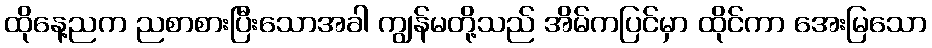
ထိုနေ့ညက ညစာစားပြီးသောအခါ ကျွန်မတို့သည် အိမ်ကပြင်မှာ ထိုင်ကာ အေးမြသော